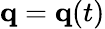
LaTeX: \mathbf{q}=\mathbf{q}(t)